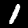
Label: 1